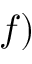
f )